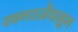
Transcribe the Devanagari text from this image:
पवनउर्जेपासुन